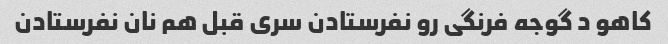
کاهو د گوجه فرنگی رو نفرستادن سری قبل هم نان نفرستادن